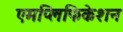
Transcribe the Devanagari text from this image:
एमप्लिफिकेशन